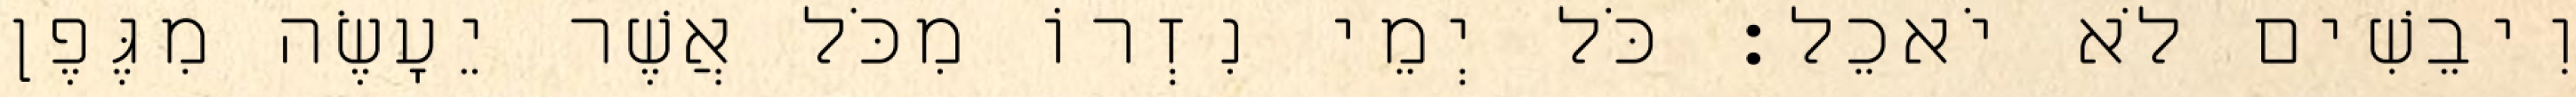
וִיבֵשִׁים לֹא יֹאכֵל׃ כֹּל יְמֵי נִזְרוֹ מִכֹּל אֲשֶׁר יֵעָשֶׂה מִגֶּפֶן